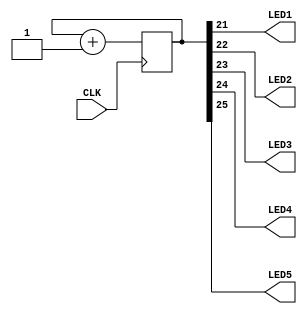

module top(input wire  CLK,
           output wire LED1,
           output wire LED2,
           output wire LED3,
           output wire LED4,
           output wire LED5);

  parameter n = 26;
  reg [n-1:0] clk_counter = 0;

  always @(posedge CLK) begin
    clk_counter <= clk_counter + 1;
  end

  // Display 5 highest bits of counter with LEDs.
  assign LED1 = clk_counter[n-5];
  assign LED2 = clk_counter[n-4];
  assign LED3 = clk_counter[n-3];
  assign LED4 = clk_counter[n-2];
  assign LED5 = clk_counter[n-1];
endmodule